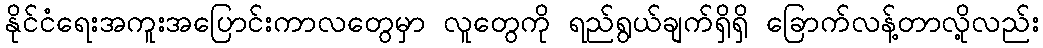
နိုင်ငံရေးအကူးအပြောင်းကာလတွေမှာ လူတွေကို ရည်ရွယ်ချက်ရှိရှိ ခြောက်လန့်တာလို့လည်း